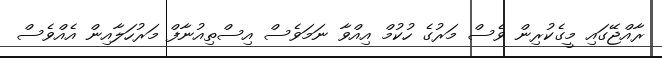
ރާއްޖޭގައި މީގެކުރިން ވެސް މަރުގެ ހުކުމް އިއްވާ ނަމަވެސް އިސްތިއުނާފް މަރުހަލާއިން އެއްވެސް